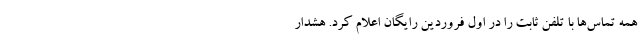
همه تماس‌ها با تلفن ثابت را در اول فروردین رایگان اعلام کرد. هشدار